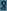
Text: 8